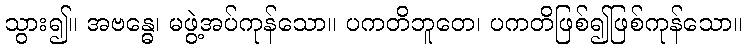
သွား၍။ အဗန္ဓေ၊ မဖွဲ့အပ်ကုန်သော။ ပကတိဘူတေ၊ ပကတိဖြစ်၍ဖြစ်ကုန်သော။